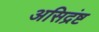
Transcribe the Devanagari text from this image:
असिद्रंष्ट